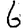
Digit: 6